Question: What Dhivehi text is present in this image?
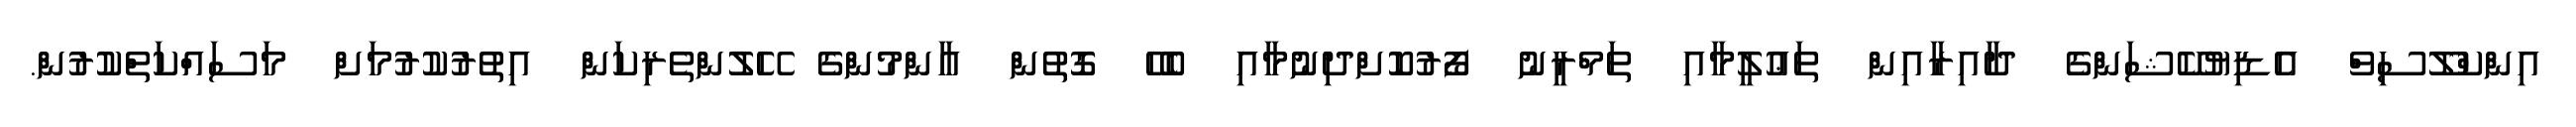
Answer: އިންކްލޫސިވް އެޑިޔުކޭޝަންގެ ދާއިރާއިން ތަޢުލީމާއި ތަމްރީނު ފޯރުކޮށްދިނުމާއި ބެހޭ ގޮތުން އާންމުންގެ ހޭލުންތެރިކަން އިތުރުކުރުމަށް މަސައްކަތްކުރުން.